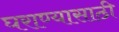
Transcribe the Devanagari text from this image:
घराण्यासाठी